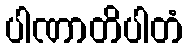
ပါဏာတိပါတံ